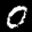
Label: 0